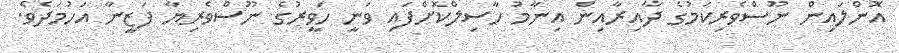
އޮންލައިން ނޫސްވެރިކަމުގެ ދާއިރާއިން އިނާމު ހާސިލްކޮށްފައި ވަނީ ހަވީރުގެ ނޫސްވެރިޔާ ފަޒީނާ އަހުމަދެވެ.